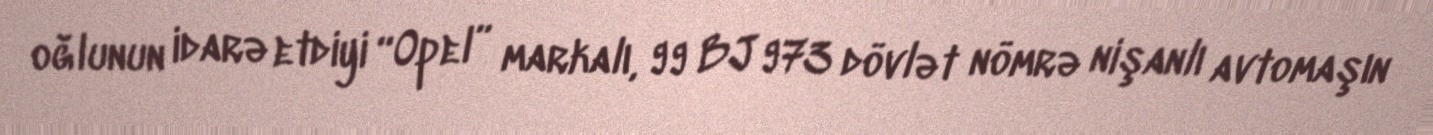
oğlunun idarə etdiyi “Opel” markalı, 99 BJ 973 dövlət nömrə nişanlı avtomaşın